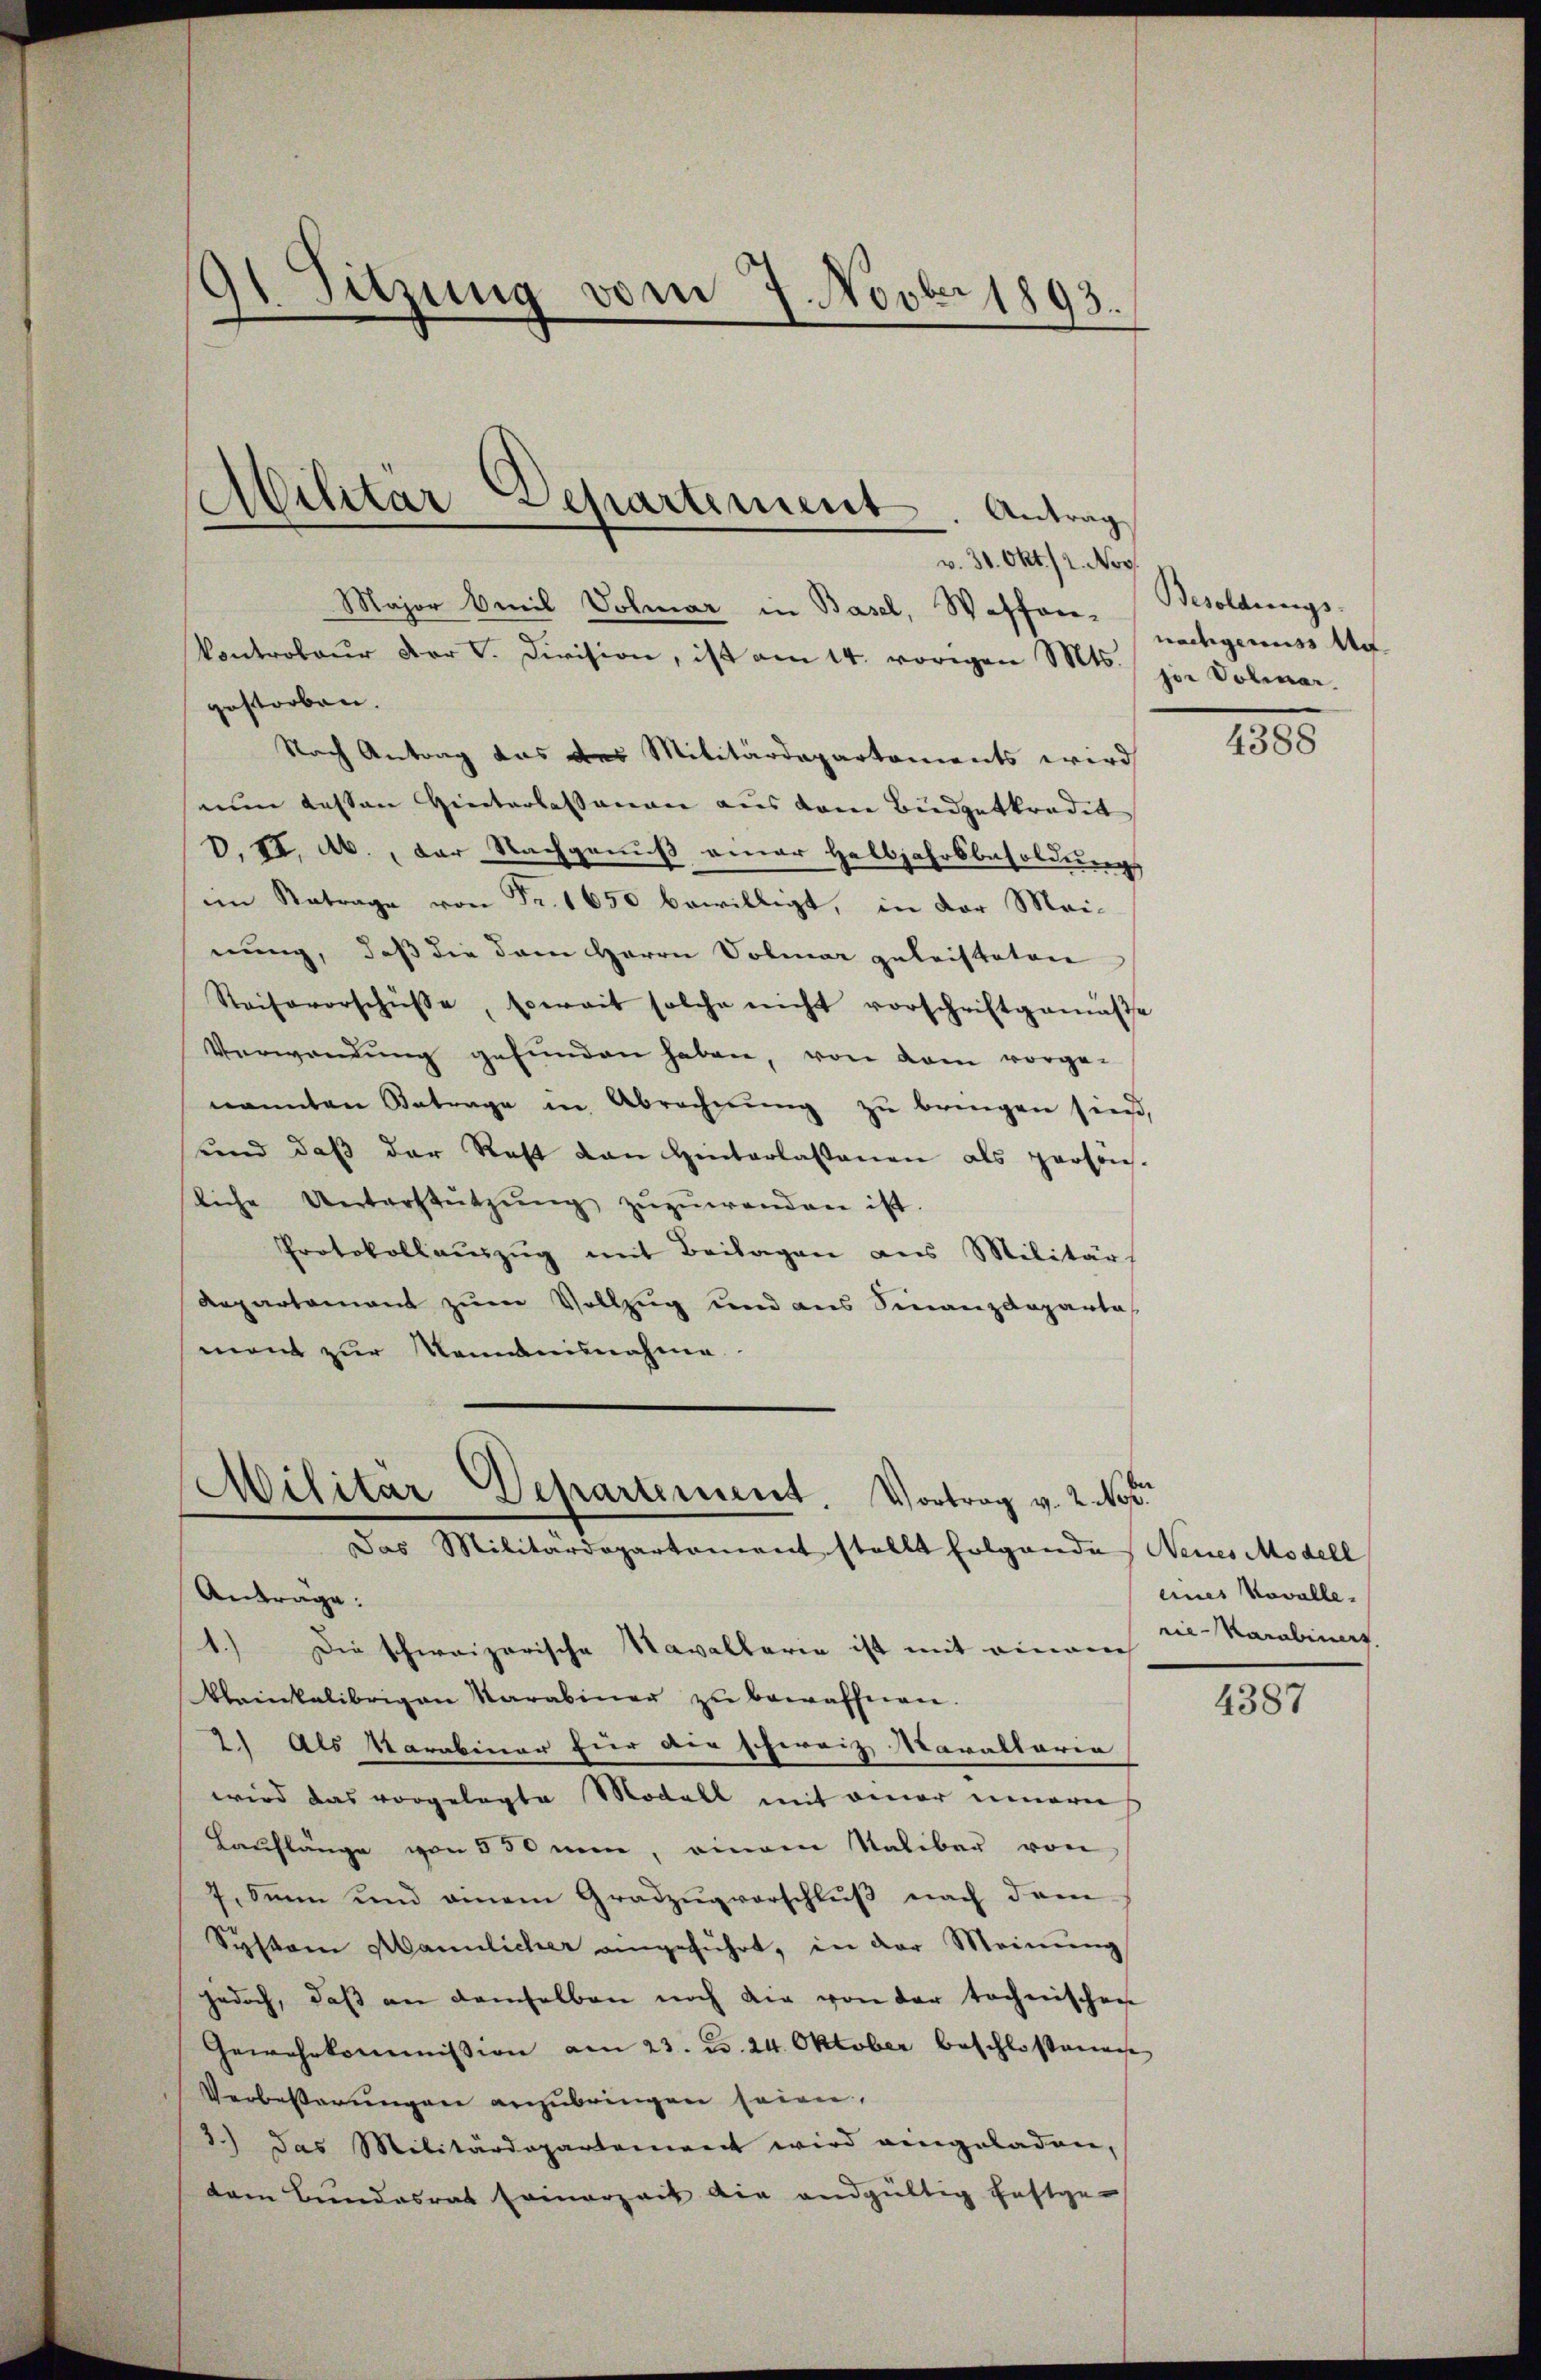
Major Emil Volmar in Basel, Waffen. Besoldungs-
Controbaŭr der C. Division, ist am 14. vorigen Mts. per Dolmar-
gestorben. |
Nach Antrag das des Militärdepartements wird
nun dassen Hinterlassenen aus dem Büdgetkredet
V. VI. Ab., der Nachgenuß einer Halbjahrsbesoldungs
im Retrage von Fr. 1650 bewilligt, in der Mai-
nung, daß die dem Herrn Volinar geleistaten
Reisevorschüsse, soweit solche nicht vorschriftgemäße
Verwendung gefunden haben, von dem vorge-
nannten Betrage in Abrechnŭng zŭ bringen sind,
und daß der Rest von Hinterlassenen als persön-
kiche Unterstützŭng zŭzŭwenden ist.
Protokollauszug mit Beilagen aus Militärs
Repartement zum Vollzug und aus Finanzdeparte
mont zur Kenntnisnahme.

1. Sitzung vom 7. Novbr 1893.
.

Militar Separtiment. Antrag
v. 30. Okt. 12. Nov.

Militar Departement. Vortrag v. 2. Nov.
Das Militärdepartament stellt folgende Neues Modell

Anträge:
1.) Die schweizerische Navallaria ist mit einem die Karabinat
Kleinkelibrigen Varabiner zu bewaffnen.
2.) Als Karabiner für die schweiz. Maraltaria
wird das vorgelegte Modell mit einer innern
Hauslänge von 550 men, einem Saliber von
7. Sinn und einem Gradzugvorschluß nach dem
System Mannlicher eingeführt, in der Meinung
jedoch, daß an demselben noch die von der technischen
Gewehrkommission am 23. d. 24. Oktober beschloßene
Verbeßerungen anzubringen seien,
3.) Das Militärdepartement wird eingeladen,
dem Bundesrat seinerzeit die andgültig festge-

nachgenuss de

4388

eines Novalle.

4387